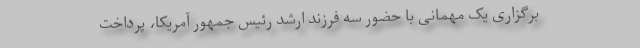
برگزاری یک مهمانی با حضور سه فرزند ارشد رئیس جمهور آمریکا، پرداخت